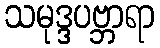
သမုဒ္ဒပဗ္ဘာရာ